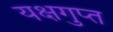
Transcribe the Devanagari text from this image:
यक्षगुप्त